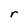
Character: r